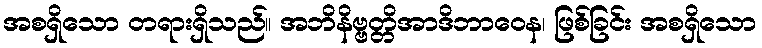
အစရှိသော တရားရှိသည်။ အဘိနိဗ္ဗတ္တိအာဒိဘာဝေန၊ ဖြစ်ခြင်း အစရှိသော